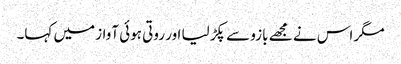
مگر اس نے مجھے بازو سے پکڑ لیا اور روتی ہوئی آواز میں کہا۔